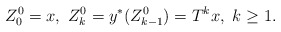
\begin{align*}Z^0_0=x,\ Z^0_k=y^*(Z^0_{k-1})=T^k x,\ k\geq 1.\end{align*}